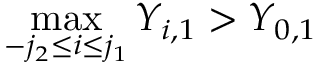
\operatorname* { m a x } _ { - j _ { 2 } \leq i \leq j _ { 1 } } Y _ { i , 1 } > Y _ { 0 , 1 }